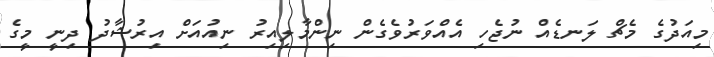
މިއަދުގެ މެޗް ލަނޑެއް ނުޖެހި އެއްވަރުވެގެން ނިންމާލިއިރު ނިއުއަށް އިރުޝާދު ދިނީ މީގެ